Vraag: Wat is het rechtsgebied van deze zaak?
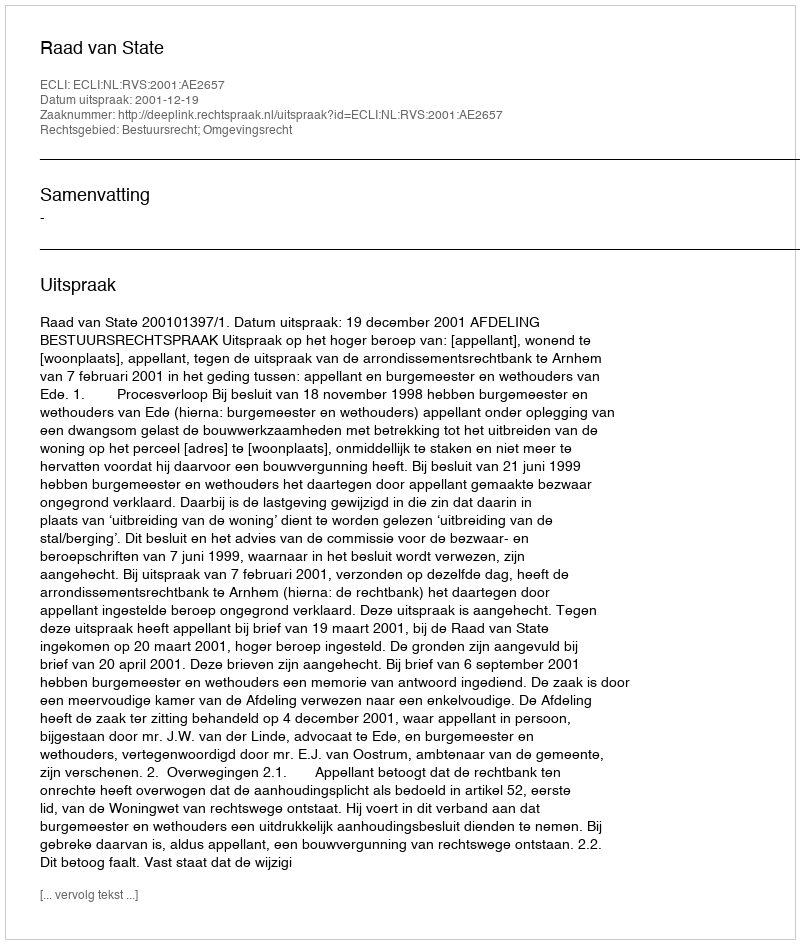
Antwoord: Bestuursrecht; Omgevingsrecht